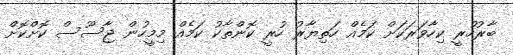
ބާރުހުރީ ކިހާވަރަކަށް ކަމެއް ހަތިޔާރު ހުރީ ކޮންތާކު ކަމެއް މިމީހުން ޖާސޫސް ކޮށްކޮށް